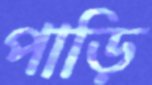
পাড়ি